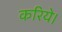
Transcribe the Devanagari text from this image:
करिये।